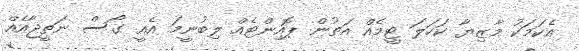
އެކަމަކު މާޒިޔާ ކަހަލަ ޓީމެއް އަތުން ޕޮއިންޓެއް ލިބުނީމަ އެއީ ގޯސް ނަތީޖާއެއް